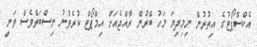
އެކްސްޕޯޓުގެ އިތުރުން ނިމިދިޔަ މަހު ބޭރުން ރާއްޖެއަށް އިމްޕޯޓް ކުރެވުނު ނިސްބަތްވެސް ވަނީ